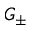
G _ { \pm }